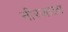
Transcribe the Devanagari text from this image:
नीरजाला